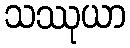
သဿုယာ